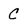
Character: C